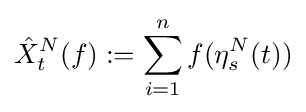
{\hat {X}}_{t}^{N}(f):=\sum \limits _{i=1}^{n}f(\eta _{s}^{N}(t))